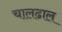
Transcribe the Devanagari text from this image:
चालढाल